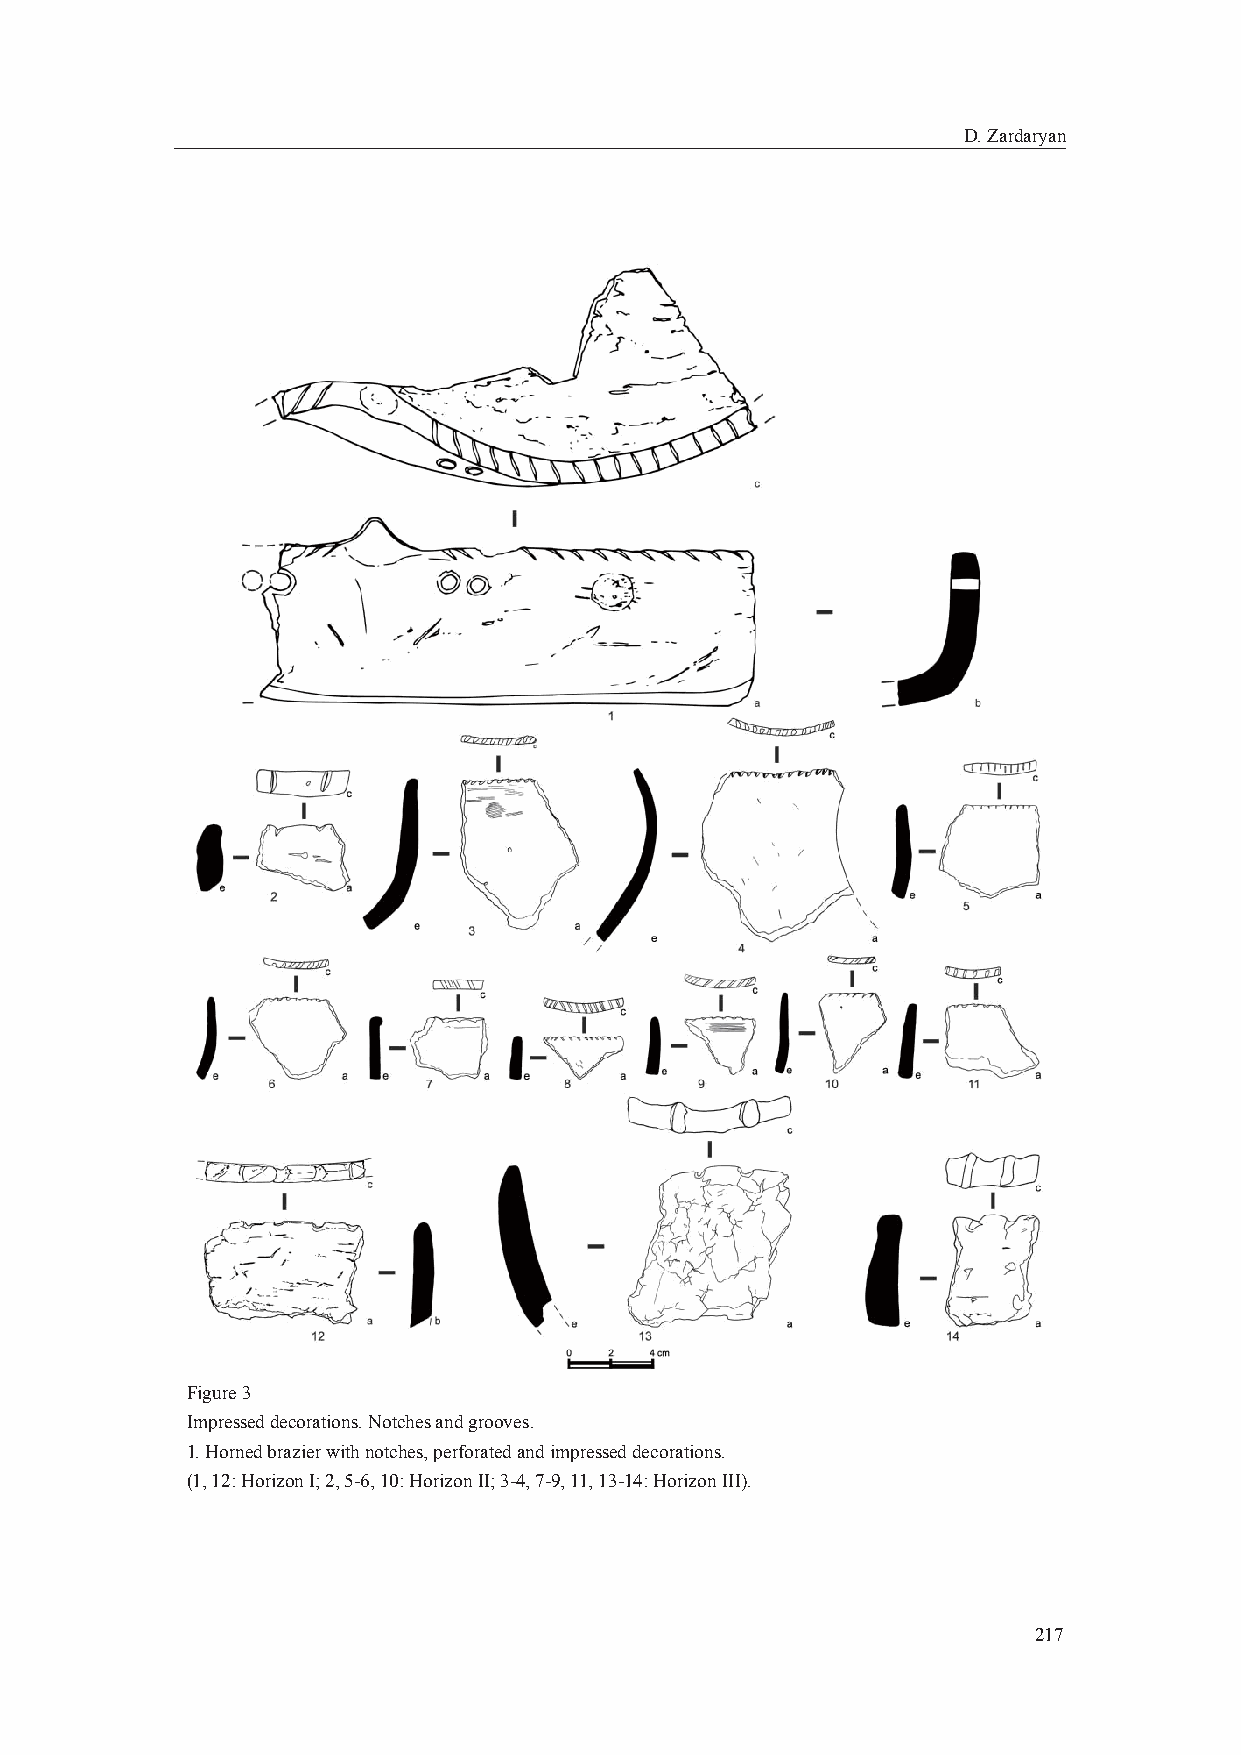
D. Zardaryan
 Figure 3
 Impressed decorations. Notches and grooves.
 1. Horned brazier with notches, perforated and impressed decorations.
 (1, 12: Horizon I; 2, 5-6, 10: Horizon II; 3-4, 7-9, 11, 13-14: Horizon III).
 217